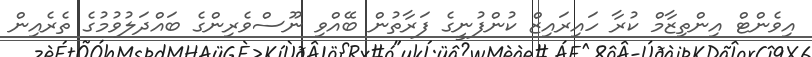
އިވެންޓް އިންތިޒާމް ކުރާ ހައިރައިޒް ކުންފުނީގެ ފަރާތުން ބޭއްވި ނޫސްވެރިންގެ ބައްދަލުވުމުގެ ތެރެއިން